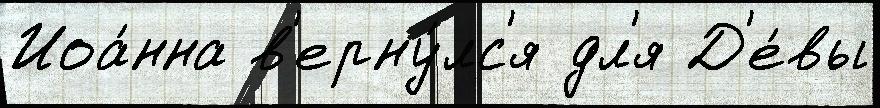
Иоа́нна в'ерну́лс'я дл'я Д'е́вы